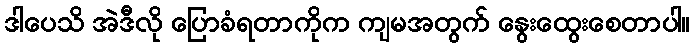
ဒါပေသိ အဲဒီလို ပြောခံရတာကိုက ကျမအတွက် နွေးထွေးစေတာပါ။